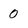
Character: 0